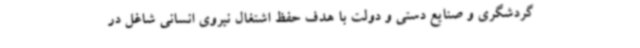
گردشگری و صنایع دستی و دولت با هدف حفظ اشتغال نیروی انسانی شاغل در